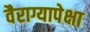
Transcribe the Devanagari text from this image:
वैराग्यापेक्षा